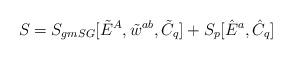
LaTeX: \begin{align*} S = S_{gmSG}[\tilde{E}^A,\tilde{w}^{ab}, \tilde{C}_q] + S_{p}[\hat{E}^a, \hat{C}_q] \;\end{align*}